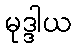
မုဒ္ဒါယ